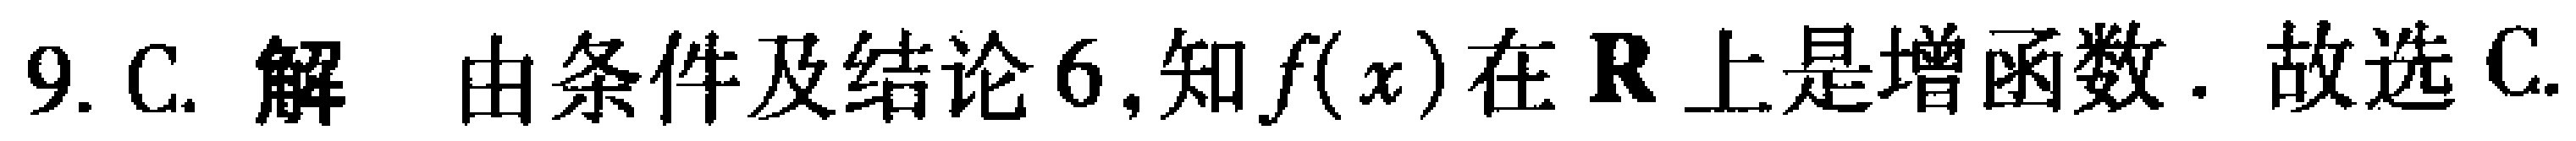
9. C. 解 由条件及结论 6,知\(f(x)\)在\(\mathbf{R}\)上是增函数. 故选 C.